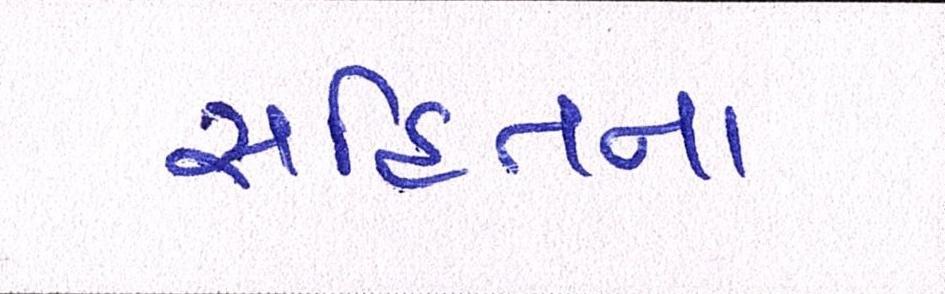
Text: સહિતના